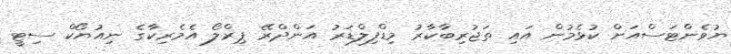
ޔުވެންޓަސްއަށް ކުޅެމުން އައި ތަޖުރިބާކާރު މިޑްފިލްޑަރު އަންދްރޭ ޕިރްލޯ އެމެރިކާގެ ނިއުޔޯކް ސިޓީ